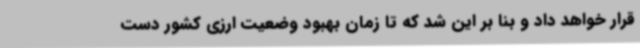
قرار خواهد داد و بنا بر این شد که تا زمان بهبود وضعیت ارزی کشور دست